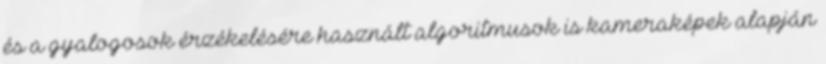
és a gyalogosok érzékelésére használt algoritmusok is kameraképek alapján